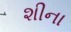
શીના